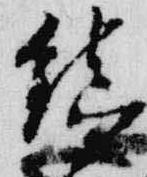
鎮